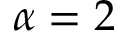
\alpha = 2